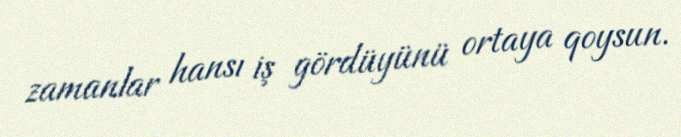
zamanlar hansı iş gördüyünü ortaya qoysun.